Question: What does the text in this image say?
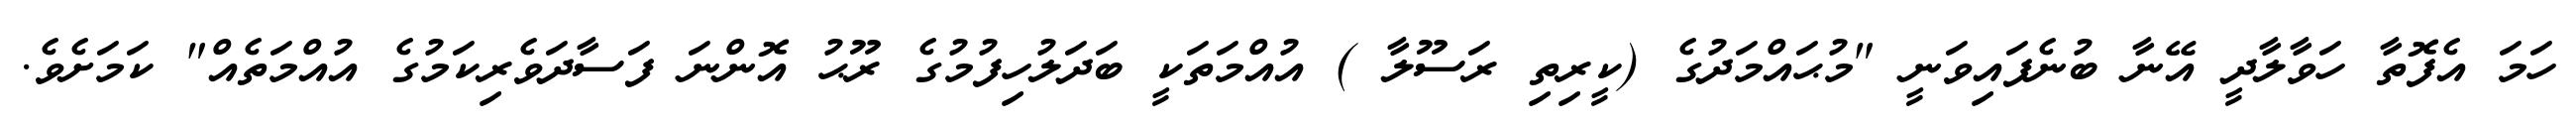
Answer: ހަމަ އެފޮތާ ހަވާލާދީ އޭނާ ބުނެފައިވަނީ "މުޙައްމަދުގެ (ކީރިތި ރަސޫލާ ) އުއްމަތަކީ ބަދަލުހިފުމުގެ ރޫޙު އޮންނަ ފަސާދަވެރިކަމުގެ އުއްމަތެއް" ކަމަށެވެ.